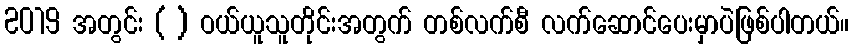
2019 အတွင်း ( ) ဝယ်ယူသူတိုင်းအတွက် တစ်လက်စီ လက်ဆောင်ပေးမှာပဲဖြစ်ပါတယ်။